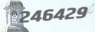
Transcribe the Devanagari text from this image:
२४६४२९